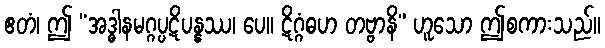
ဧတံ၊ ဤ “အဒ္ဓါနမဂ္ဂပ္ပဋိပန္နဿ၊ ပေ။ ဋိဂ္ဂံဓဟ တဗ္ဗာနိ” ဟူသော ဤစကားသည်။